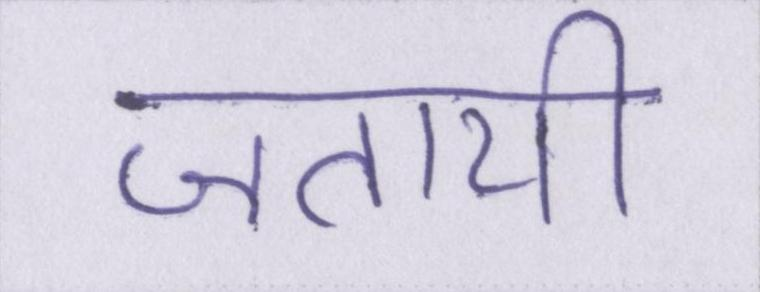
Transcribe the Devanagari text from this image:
जतायी